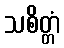
သစိတ္တံ